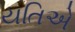
યતિએ